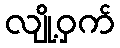
လျို့ဝှက်